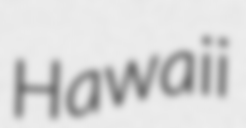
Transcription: Hawaii